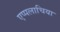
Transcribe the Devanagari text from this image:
एप्पलाचिया